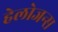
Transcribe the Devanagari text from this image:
हेलोजन्स